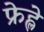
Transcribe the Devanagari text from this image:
फ्रेह्ले